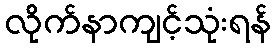
လိုက်နာကျင့်သုံးရန်